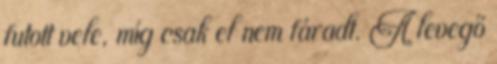
futott vele, míg csak el nem fáradt. A levegő